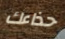
حذاءك